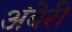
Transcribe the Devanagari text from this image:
अंबेरी